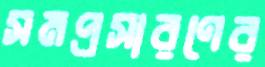
সমপ্রসারণের